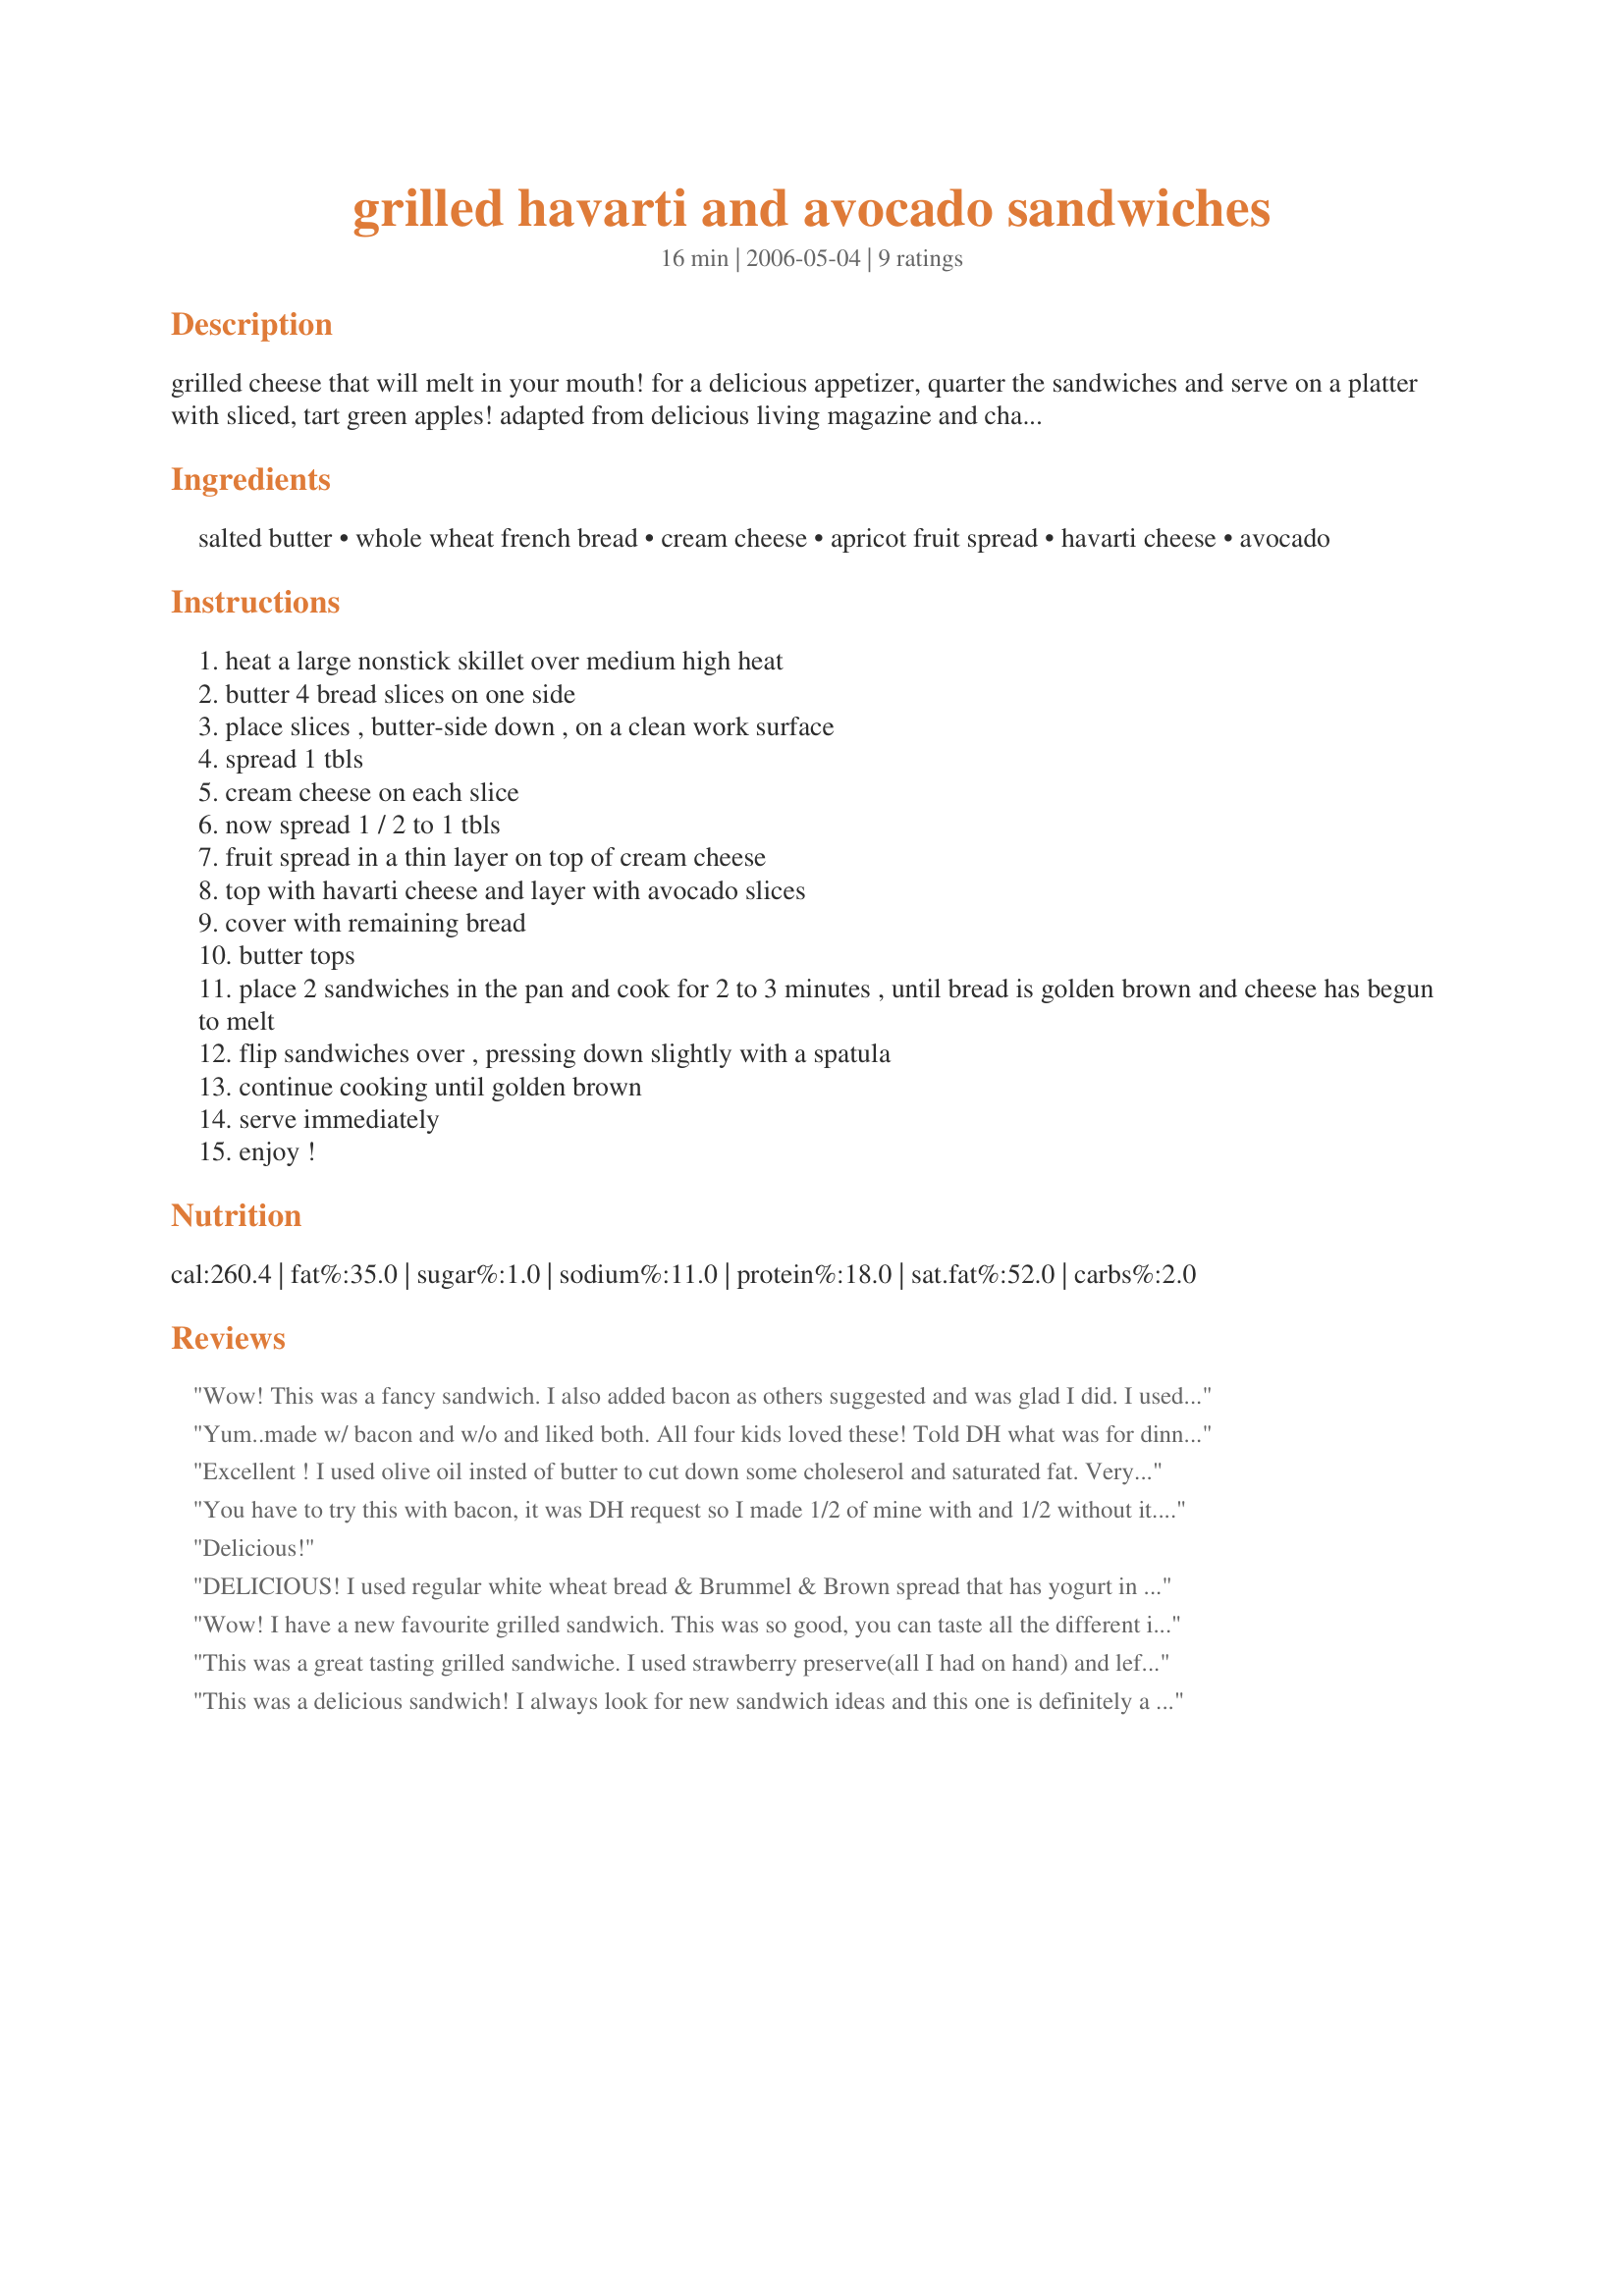
grilled havarti and avocado sandwiches
Preparation time: 16 minutes

grilled cheese that will melt in your mouth! for a delicious appetizer, quarter the sandwiches and serve on a platter with sliced, tart green apples! adapted from delicious living magazine and changed. feel free to try fig, peach, or pineapple preserves instead of the apricot! yum!

Ingredients:
salted butter, whole wheat french bread, cream cheese, apricot fruit spread, havarti cheese, avocado

Steps:
heat a large nonstick skillet over medium high heat
butter 4 bread slices on one side
place slices , butter-side down , on a clean work surface
spread 1 tbls
cream cheese on each slice
now spread 1 / 2 to 1 tbls
fruit spread in a thin layer on top of cream cheese
top with havarti cheese and layer with avocado slices
cover with remaining bread
butter tops
place 2 sandwiches in the pan and cook for 2 to 3 minutes , until bread is golden brown and cheese has begun to melt
flip sandwiches over , pressing down slightly with a spatula
continue cooking until golden brown
serve immediately
enjoy !

Reviews:
Wow! This was a fancy sandwich. I also added bacon as others suggested and was glad I did. I used apricot-pineapple preserves and Neufchatel cheese in place of cream cheese. Used eight-grain sandwich bread. This recipe is a keeper I'm going to make these as appetizers the next time I'm entertaining.
Yum..made w/ bacon and w/o and liked both. All four kids loved these! Told DH what was for dinner and he said it sounds strange but good somehow,lol.
Excellent ! I used olive oil insted of butter to cut down some choleserol and saturated fat. Very delicious. Will make again.Thank you!
You have to try this with bacon, it was DH request so I made 1/2 of mine with and 1/2 without it. Its soooo yummy with and I will be making it with bacon from now on. I didn't use the cream cheese and don't think it really needed it. Used DH home made whole wheat bread and I can't think of anything better. The whole wheat compliments the other flavors nicely. Thank you for a great sandwich, one I will be making often.
Delicious!
DELICIOUS! I used regular white wheat bread & Brummel & Brown spread that has yogurt in it to save on fat & calories. We added sliced deli ham at the request of my boyfriend & cut out the preserves. The cream cheese got all gooey & sealed all the wonderful flavors together. A keeper!
Wow! I have a new favourite grilled sandwich. This was so good, you can taste all the different ingredients separately and they blend beautifully together. I used farmers white bread, mayonnaise, and apricot preserves with my cheese and avocado....again I say wow...this is soooo goooood! Thanks for sharing Sharon.
This was a great tasting grilled sandwiche. I used strawberry preserve(all I had on hand) and left out the butter and spread mayo on the outside of the bread to brown it instead. I cant wait to try this again with more exciting preserves. thanks for posting!
This was a delicious sandwich! I always look for new sandwich ideas and this one is definitely a keeper. I added bacon like other people suggested. I also didn't have cream cheese so I used light mayo.
